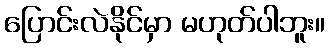
ပြောင်းလဲနိုင်မှာ မဟုတ်ပါဘူး။